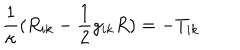
\frac 1 \kappa ( R _ { i k } - \frac 1 2 g _ { i k } R ) = - T _ { i k }